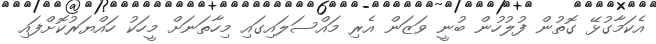
އެކަމާގުޅޭ ގޮތުން ފުލުހުން ބުނީ ވަޒަން އެރި މައްސަލައިގައި މިހާތަނަށް މީހަކު ހައްޔަރުކޮށްފައި